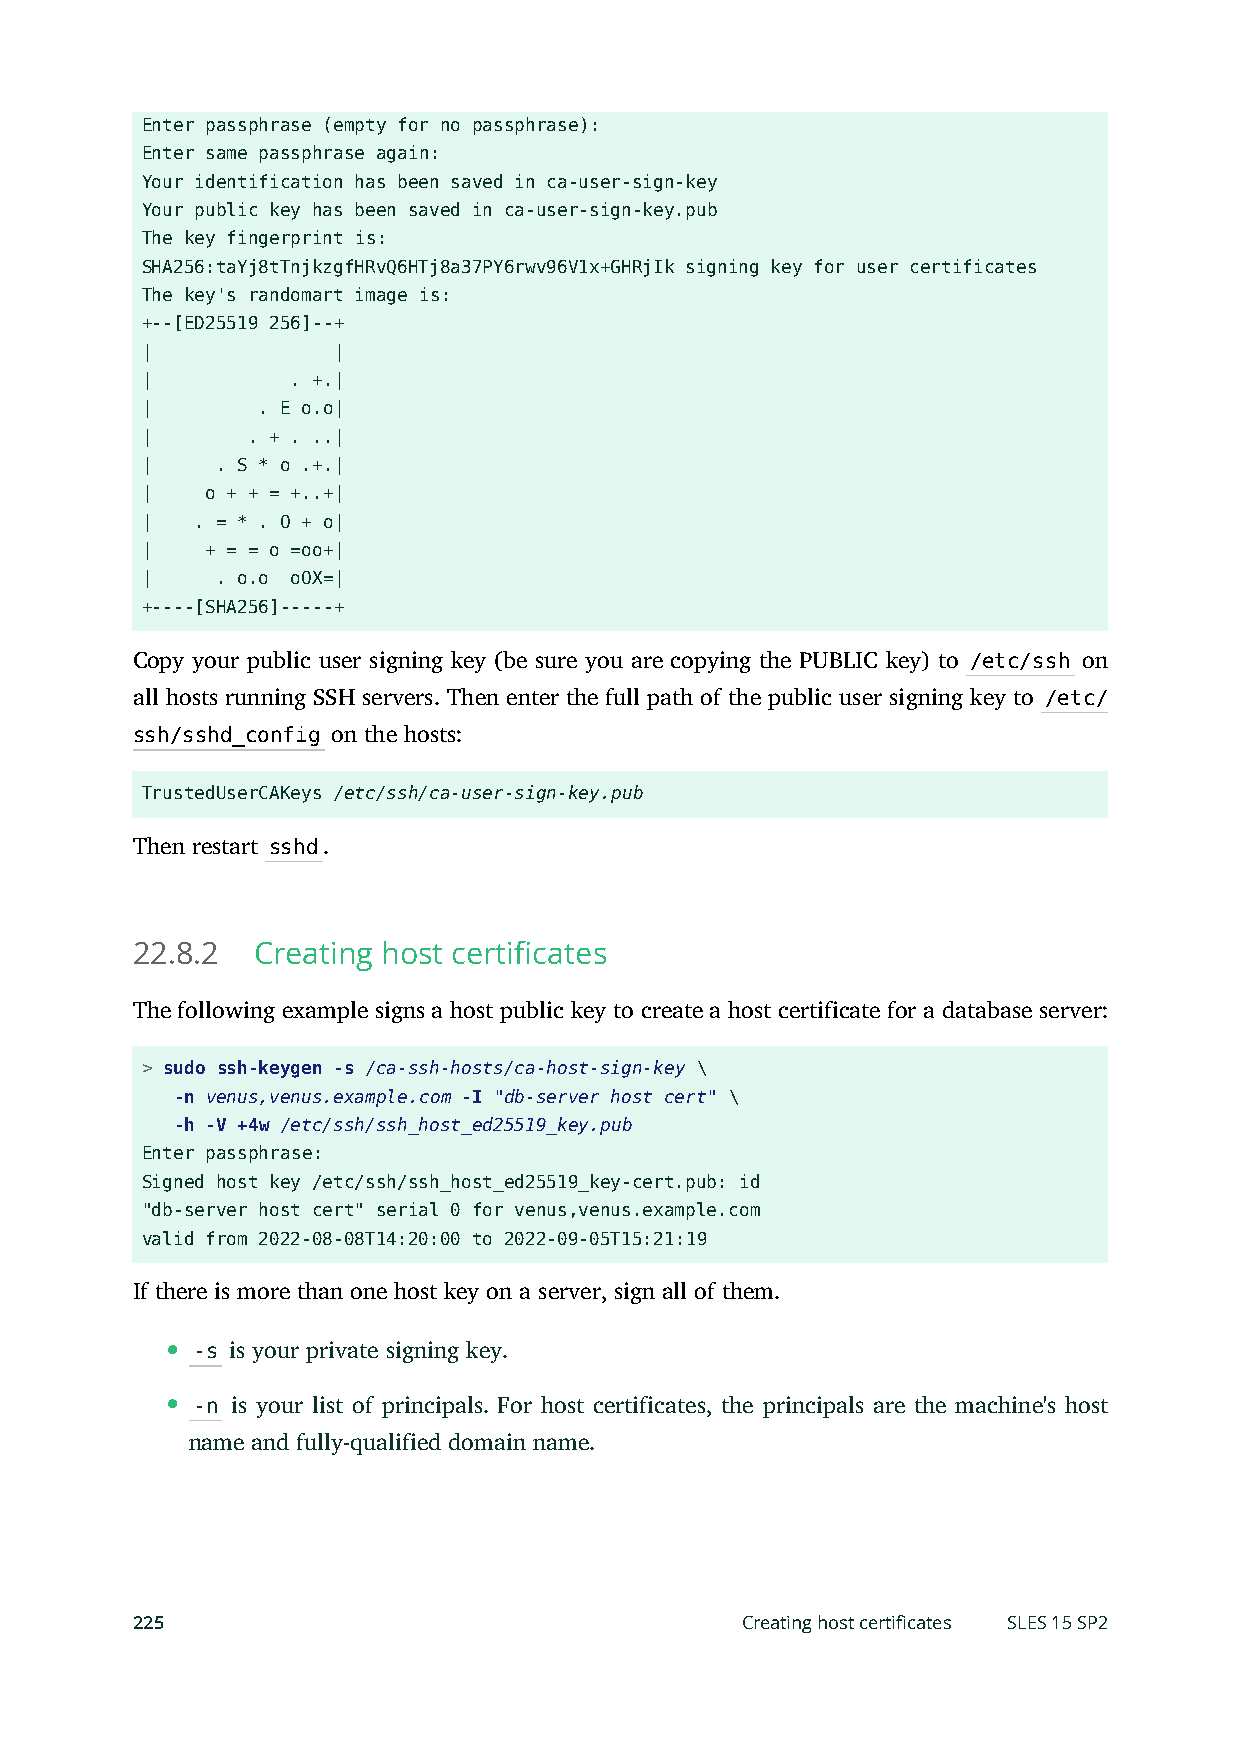
Enter passphrase (empty for no passphrase):
 Enter same passphrase again:
 Your identification has been saved in ca-user-sign-key
 Your public key has been saved in ca-user-sign-key.pub
 The key fingerprint is:
 SHA256:taYj8tTnjkzgfHRvQ6HTj8a37PY6rwv96V1x+GHRjIk signing key for user certificates
 The key's randomart image is:
 +--[ED25519 256]--+
 |            |
 |         . +.|
 |       . E o.o|
 |      . + . ..|
 |    . S * o .+.|
 |    o + + = +..+|
 |   . = * . O + o|
 |    + = = o =oo+|
 |    . o.o oOX=|
 +----[SHA256]-----+
 Copy your public user signing key (be sure you are copying the PUBLIC key) to /etc/ssh on
 all hosts running SSH servers. Then enter the full path of the public user signing key to /etc/
 ssh/sshd_config on the hosts:
 TrustedUserCAKeys /etc/ssh/ca-user-sign-key.pub
 Then restart sshd.
 22.8.2  Creating host certificates
 The following example signs a host public key to create a host certificate for a database server:
 > sudo ssh-keygen -s /ca-ssh-hosts/ca-host-sign-key \
 -n venus,venus.example.com -I "db-server host cert" \
 -h -V +4w /etc/ssh/ssh_host_ed25519_key.pub
 Enter passphrase:
 Signed host key /etc/ssh/ssh_host_ed25519_key-cert.pub: id
 "db-server host cert" serial 0 for venus,venus.example.com
 valid from 2022-08-08T14:20:00 to 2022-09-05T15:21:19
 If there is more than one host key on a server, sign all of them.
 -s is your private signing key.
 -n is your list of principals. For host certificates, the principals are the machine's host
 name and fully-qualified domain name.
 225                                     Creating host certificates SLES 15 SP2